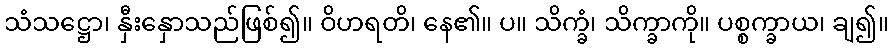
သံသဋ္ဌော၊ နှီးနှောသည်ဖြစ်၍။ ဝိဟရတိ၊ နေ၏။ ပ။ သိက္ခံ၊ သိက္ခာကို။ ပစ္စက္ခာယ၊ ချ၍။